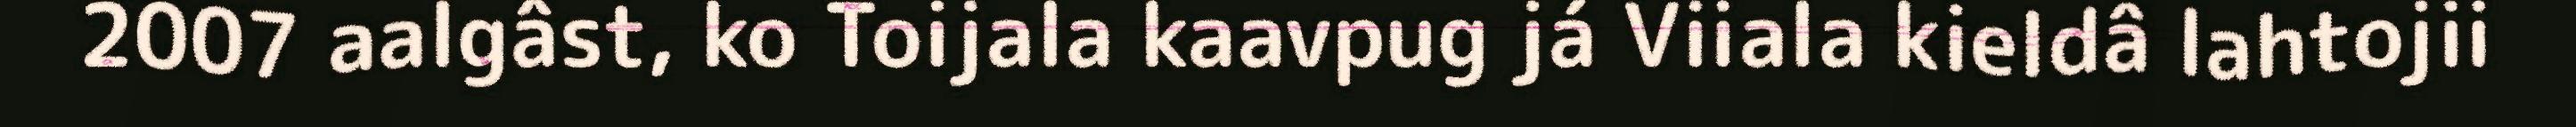
2007 aalgâst, ko Toijala kaavpug já Viiala kieldâ lahtojii